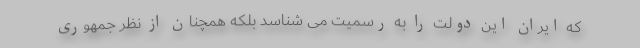
که ایران این دولت را به رسمیت می شناسد بلکه همچنان از نظر جمهوری